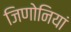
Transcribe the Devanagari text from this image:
जिणोनियां